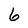
Character: 6